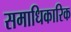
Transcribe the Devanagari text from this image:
समाधिकारिक